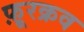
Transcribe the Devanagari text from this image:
फ़ूरक्रव